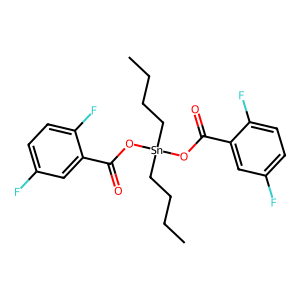
SMILES: CCCC[Sn](CCCC)(OC(=O)c1cc(F)ccc1F)OC(=O)c1cc(F)ccc1F
Inhibits HIV replication: No